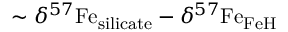
\sim \delta ^ { 5 7 } \mathrm { F e } _ { \mathrm { s i l i c a t e } } - \delta ^ { 5 7 } \mathrm { F e } _ { \mathrm { F e H } }